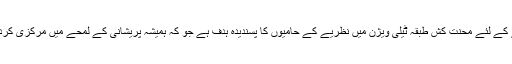
غصّہ اتارنے کے لئے محنت کش طبقہ ٹیلی ویژن میں نظریے کے حامیوں کا پسندیدہ ہدف ہے جو کہ ہمیشہ پریشانی کے لمحے میں مرکزی کردار ہوتے ہیں۔